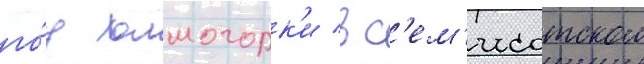
го́д холмогорк'и в с'ем'исотском